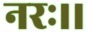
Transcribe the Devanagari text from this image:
नरः।।